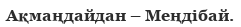
Ақмаңдайдан – Меңдібай.